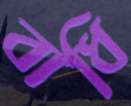
বাধি